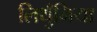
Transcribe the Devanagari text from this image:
लिथुँनिया